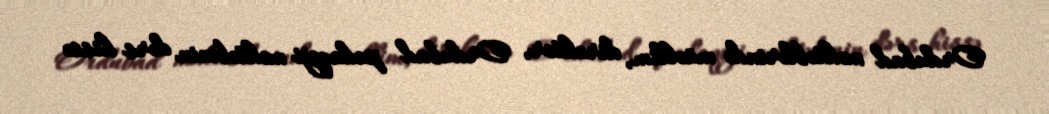
Ordubad məktəblərində müəllim, direktor, Ordubad pedaqoji məktəbinin dərs hissə